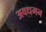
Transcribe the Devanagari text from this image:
अवधमन